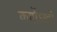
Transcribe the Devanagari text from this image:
कर्षोऽस्त्री